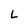
Character: L